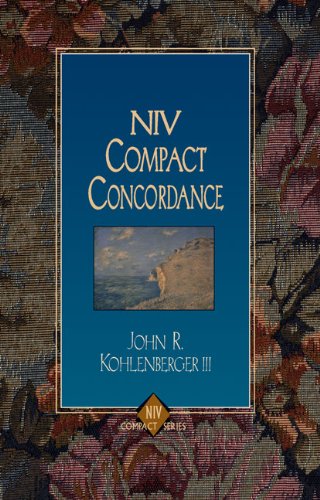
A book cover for NIV Compact Concordance; John R. Kohlenberger III; Christian Books & Bibles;